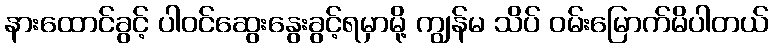
နားထောင်ခွင့် ပါဝင်ဆွေးနွေးခွင့်ရမှာမို့ ကျွန်မ သိပ် ဝမ်းမြောက်မိပါတယ်